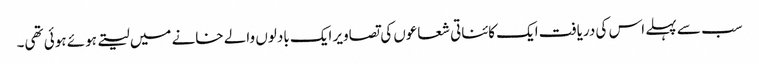
سب سے پہلے اس کی دریافت ایک کائناتی شعاعوں کی تصاویر ایک بادلوں والے خانے میں لیتے ہوئے ہوئی تھی۔